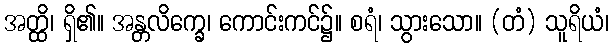
အတ္ထိ၊ ရှိ၏။ အန္တလိက္ခေ၊ ကောင်းကင်၌။ စရံ၊ သွားသော။ (တံ) သူရိယံ၊